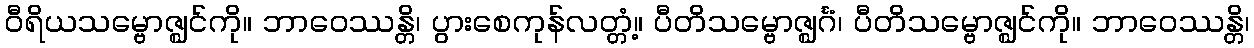
ဝီရိယသမ္ဗောဇ္ဈင်ကို။ ဘာဝေဿန္တိ၊ ပွားစေကုန်လတ္တံ့။ ပီတိသမ္ဗောဇ္ဈင်္ဂံ၊ ပီတိသမ္ဗောဇ္ဈင်ကို။ ဘာဝေဿန္တိ၊